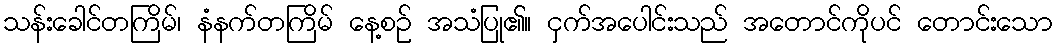
သန်းခေါင်တကြိမ်၊ နံနက်တကြိမ် နေ့စဉ် အသံပြု၏။ ငှက်အပေါင်းသည် အတောင်ကိုပင် တောင်းသော